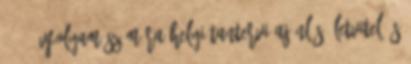
5 7. évfolyam számára Helyi tantervi ajánlás életvitel és